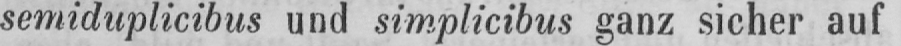
semiduplicibus und simplicibus ganz sicher auf